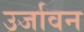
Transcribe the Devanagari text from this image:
उर्जावन